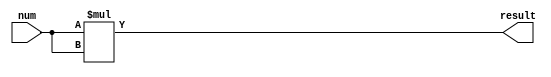
`timescale 1ns / 1ps

module n_bit_square(num, result);
    parameter n=4;
    input [n-1:0] num;
    output reg [2*n-1:0] result;
    reg [2*n-1:0] tmp;
    
    always @(*) begin
        tmp = num * num;
        result = tmp;
    end
endmodule